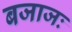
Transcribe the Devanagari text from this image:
बजाजः